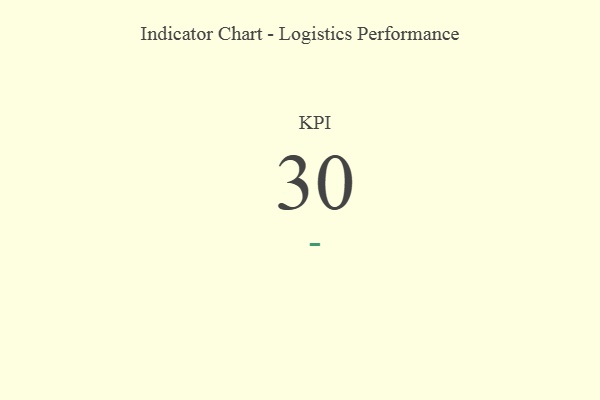
{"axis": {"x": "KPI", "y": "Value"}, "legend": [""], "data": [{"x": "KPI", "y": 30, "type": ""}]}